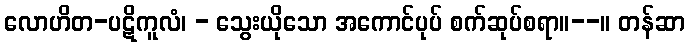
လောဟိတ-ပဋိကူလံ၊ - သွေးယိုသော အကောင်ပုပ် စက်ဆုပ်စရာ။--။ တန်ဆာ